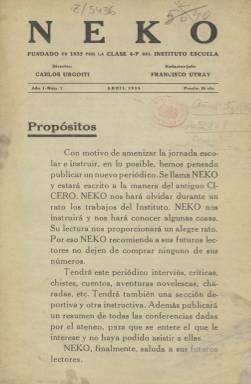
Título: Neko (Madrid)
Colección: Educación
Ámbito geográfico: Madrid
Lugar de publicación: Madrid
Fechas: 01/04/1935-30/06/1936

Publicación de los alumnos de una clase del Instituto-Escuela que da una idea del alto nivel pedagógico que alcanzó esta institución fundada en 1918 como experimento educativo para llevar a la enseñanza secundaria los principios renovadores de la Institución Libre de Enseñanza.

   La revista, que comenzó a editarse en abril de 1935 con ocho páginas y periodicidad irregular, llegó a completar ocho números y terminó en junio de 1936, con el final del curso escolar. Los estudiantes se despedían con la intención de volver al año siguiente pero el estallido de la Guerra Civil lo hizo imposible. Precisamente en la portada de este último número la publicación incluye u poema canción inédita de Juan Ramón Jiménez.

   La publicación era un cajón de sastre con poesía, reportajes de ciudades y de viajes, entrevistas a profesores de la institución, crítica literaria, resúmenes de conferencias, chistes, charadas… Es decir todo aquello que podía interesar a los estudiantes a los que iba dirigida. Además, en sus últimos números fue incluyendo ilustraciones e incluso publicidad, prueba de su éxito.

   El sólo hecho de la existencia de esta publicación es ya testimonio de la eficacia educativa del Instituto-Escuela y de la renovación que supuso. En este centro la enseñanza tradicional y rutinaria apegada al texto único dio paso a la participación de los alumnos en el proceso de aprendizaje, a la revisión de los contenidos de la enseñanza y la construcción de los propios materiales educativos.

[Descripción publicada el 22/05/2019]